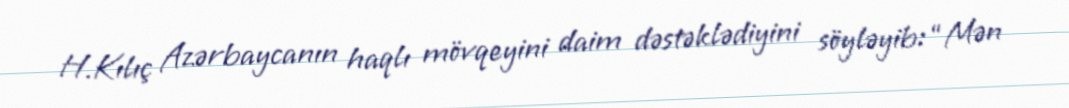
H.Kılıç Azərbaycanın haqlı mövqeyini daim dəstəklədiyini söyləyib: “Mən